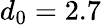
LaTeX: d_{0}=2.7